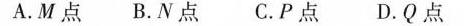
A.M点 B.N点 C.P点 D.Q点